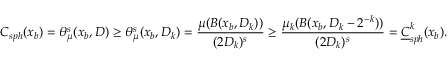
{ C } _ { s p h } ( x _ { b } ) = \theta _ { \mu } ^ { s } ( x _ { b } , D ) \geq \theta _ { \mu } ^ { s } ( x _ { b } , D _ { k } ) = \frac { \mu ( B ( x _ { b } , D _ { k } ) ) } { ( 2 D _ { k } ) ^ { s } } \geq \frac { \mu _ { k } ( B ( x _ { b } , D _ { k } - 2 ^ { - k } ) ) } { ( 2 D _ { k } ) ^ { s } } = \underline { { C } } _ { s p h } ^ { k } ( x _ { b } ) .